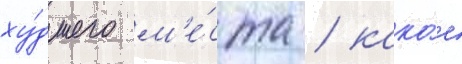
ху́дшего м'е́ста / како́е